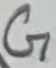
Text: G